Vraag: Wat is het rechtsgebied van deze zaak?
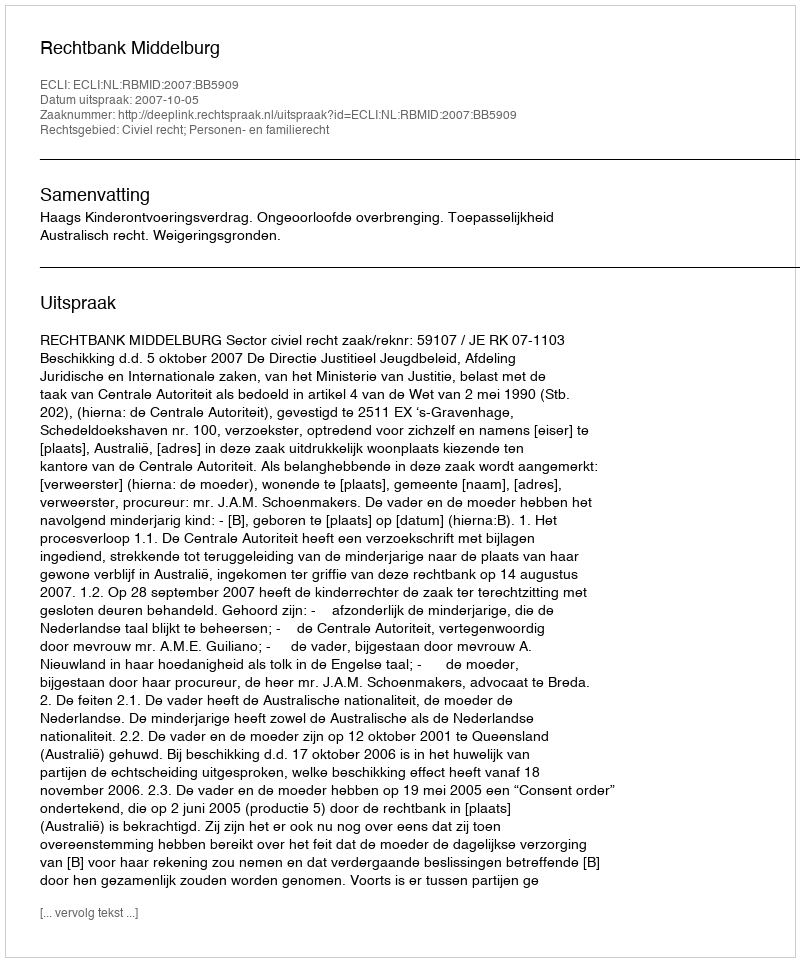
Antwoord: Civiel recht; Personen- en familierecht